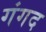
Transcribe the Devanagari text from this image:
गंगद